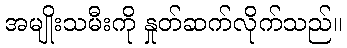
အမျိုးသမီးကို နှုတ်ဆက်လိုက်သည်။